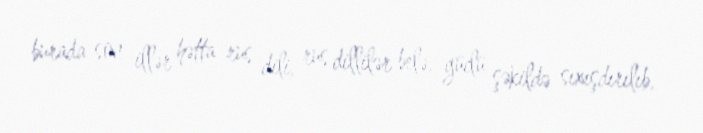
burada son illər hətta rus dili, rus dillilər belə, güclü şəkildə sıxışdırılıb,